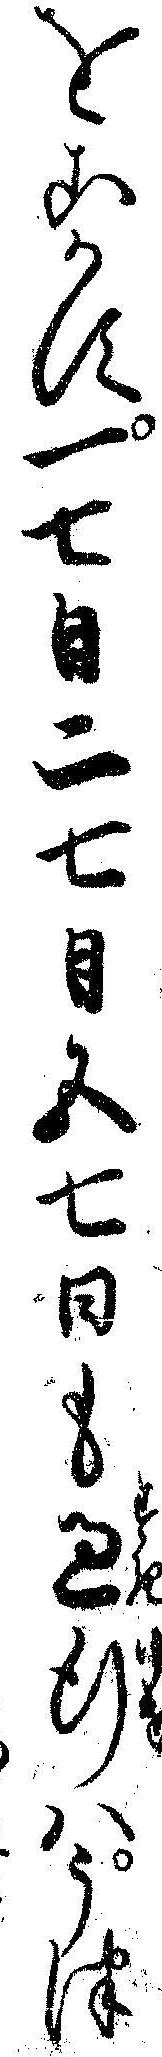
をこかす一七日二七日五七日も過行ハうつ